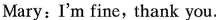
Mary: I'm fine, thank you.